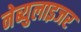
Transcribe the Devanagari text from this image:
नेब्युलाइजर